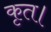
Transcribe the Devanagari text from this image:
कृत।